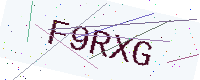
Text: F9RXG